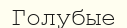
Голубые